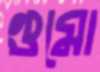
গুমো